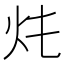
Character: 𤆚